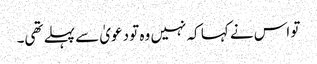
تو اس نے کہا کہ نہیں وہ تو دعویٰ سے پہلے تھی۔